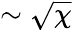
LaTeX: \sim\sqrt{\chi}